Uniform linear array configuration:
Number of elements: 4
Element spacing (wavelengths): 0.5
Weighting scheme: blackman
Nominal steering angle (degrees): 15
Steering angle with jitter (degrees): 14.103
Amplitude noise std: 0.05
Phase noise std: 0.05

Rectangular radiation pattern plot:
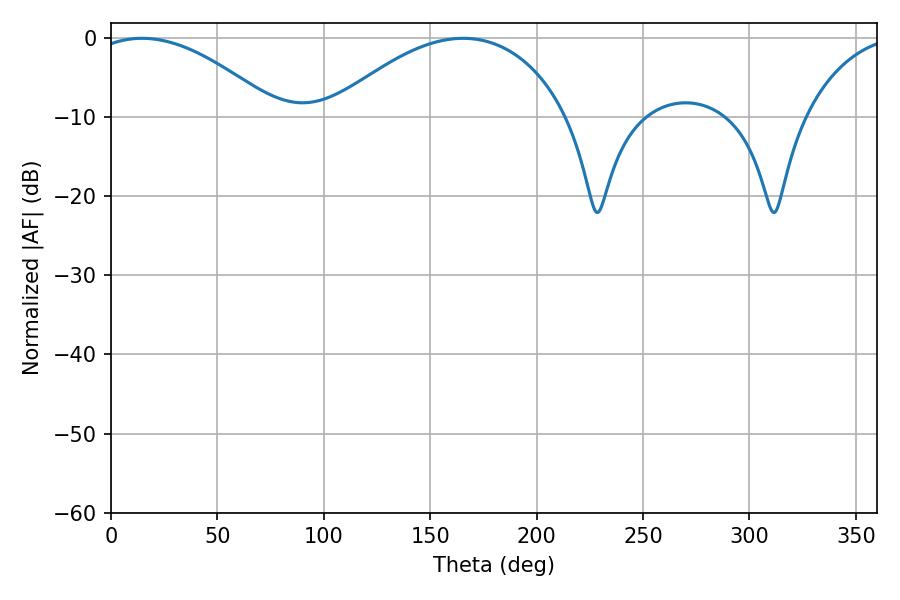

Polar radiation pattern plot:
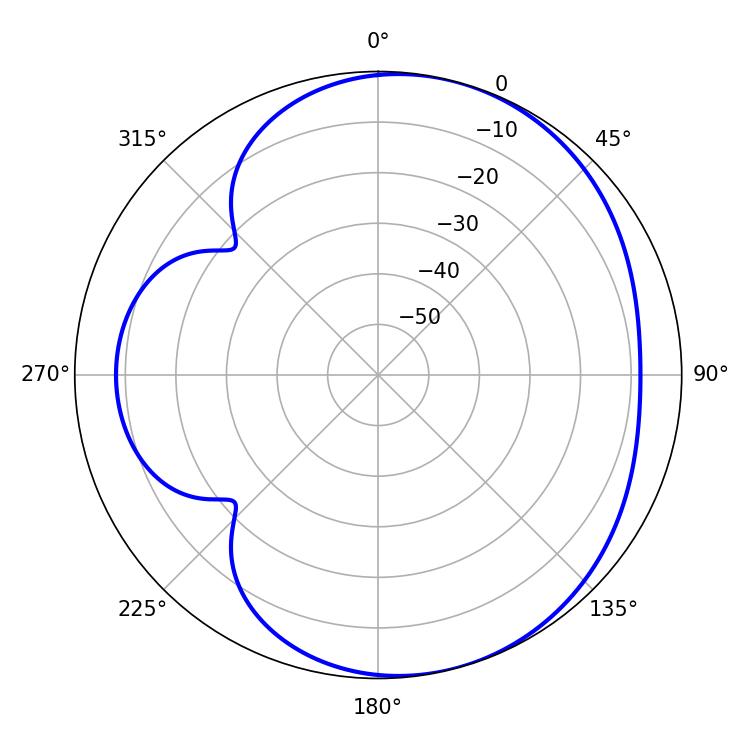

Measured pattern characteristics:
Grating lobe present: FALSE
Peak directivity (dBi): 5.016
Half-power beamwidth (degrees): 63.18
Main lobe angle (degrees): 165.42